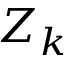
Z _ { k }